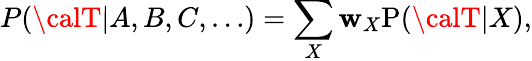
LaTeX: P({\calT}|A,B,C,\ldots)=\sum_{X}\mathbf{w}_{X}\mathrm{{P}}({\calT}|X),